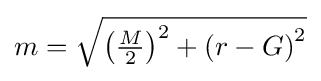
{}m={\sqrt {\left({\tfrac {M}{2}}\right)^{2}+\left(r-G\right)^{2}}}